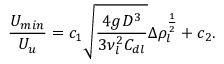
\frac { U _ { m i n } } { U _ { u } } = c _ { 1 } \sqrt { \frac { 4 g D ^ { 3 } } { 3 \nu _ { l } ^ { 2 } C _ { d l } } } \Delta \rho _ { l } ^ { \frac { 1 } { 2 } } + c _ { 2 } .